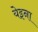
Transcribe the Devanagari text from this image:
येइना